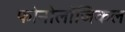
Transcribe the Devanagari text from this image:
फोनोलॉजिकल